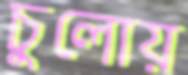
চুলোয়